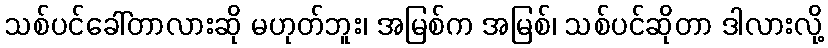
သစ်ပင်ခေါ်တာလားဆို မဟုတ်ဘူး၊ အမြစ်က အမြစ်၊ သစ်ပင်ဆိုတာ ဒါလားလို့